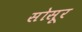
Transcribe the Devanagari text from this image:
सोसूर